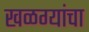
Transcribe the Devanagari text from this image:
खळग्यांचा